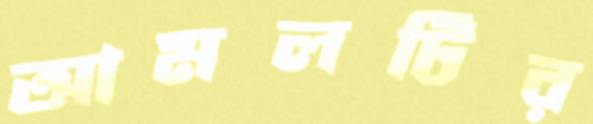
আমলটির